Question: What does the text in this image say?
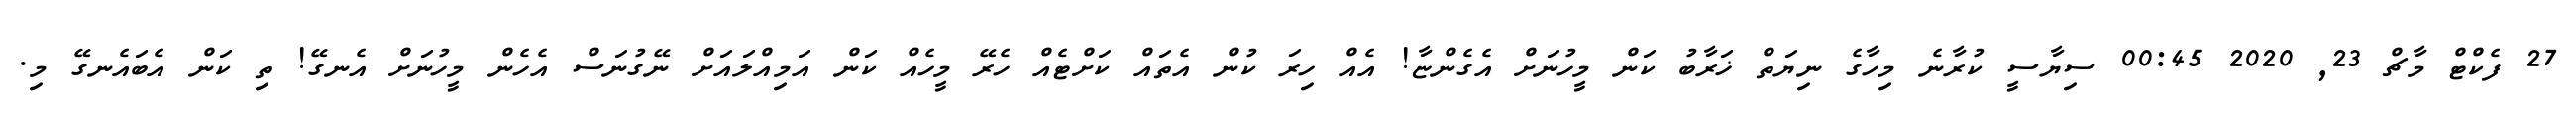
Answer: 27 ފެކްޓް މާޗް 23, 2020 00:45 ސިޔާސީ ކުރާނެ މިހާގެ ނިޔަތް ޚަރާބު ކަން މީހުނަށް އެގެންޏާ! އެއް ހިރަ ކުން އެތައް ކަށްޓެއް ހެރޭ މީހެއް ކަން އަމިއްލައަށް ނޭގުނަސް އެހެން މީހުނަށް އެނގޭ! ތި ކަން އެބައެނގޭ މި.